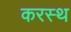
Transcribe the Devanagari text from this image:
करस्थ